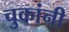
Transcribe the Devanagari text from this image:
चुकांनी